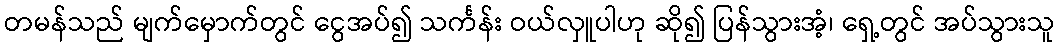
တမန်သည် မျက်မှောက်တွင် ငွေအပ်၍ သင်္ကန်း ဝယ်လှူပါဟု ဆို၍ ပြန်သွားအံ့၊ ရှေ့တွင် အပ်သွားသူ